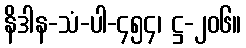
နိဒါန-သံ-ပါ-၄၅၄၊ ဋ္ဌ-၂၀၆။